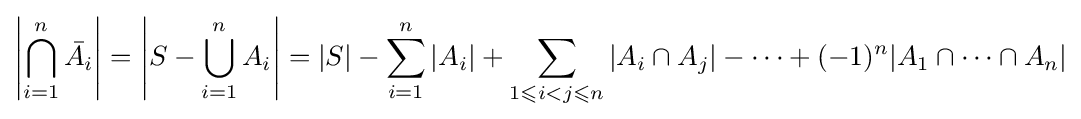
\left|\bigcap _{i=1}^{n}{\bar {A_{i}}}\right|=\left|S-\bigcup _{i=1}^{n}A_{i}\right|=|S|-\sum _{i=1}^{n}|A_{i}|+\sum _{1\leqslant i<j\leqslant n}|A_{i}\cap A_{j}|-\cdots +(-1)^{n}|A_{1}\cap \cdots \cap A_{n}|